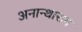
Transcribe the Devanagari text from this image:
अनान्थाराम